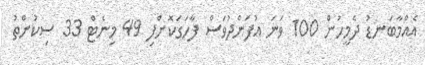
އެއްމާބަނޑު ދެމީހުން 100 ވަނަ އުފަންދުވަސް ފާހަގަކޮށްފި 49 މިނެޓް 33 ސިކުންތު